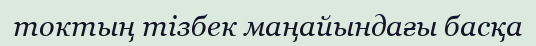
токтың тізбек маңайындағы басқа